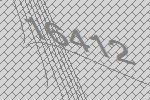
16412